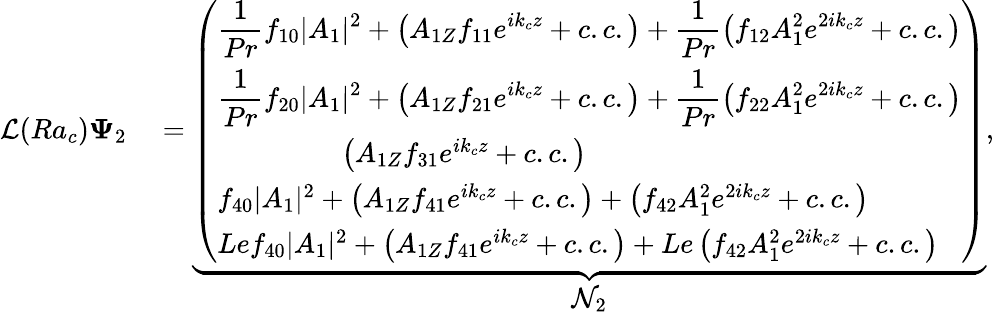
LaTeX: \begin{array}{rl}{\mathcal{L}(Ra_{c})\mathbf{\Psi}_{2}}&{{}=\underbrace{\left(\begin{array}{l}{\displaystyle\frac{1}{Pr}f_{10}|A_{1}|^{2}+\left(A_{1Z}f_{11}e^{ik_{c}z}+c.c.\right)+\displaystyle\frac{1}{Pr}\left(f_{12}A_{1}^{2}e^{2ik_{c}z}+c.c.\right)}\\ {\displaystyle\frac{1}{Pr}f_{20}|A_{1}|^{2}+\left(A_{1Z}f_{21}e^{ik_{c}z}+c.c.\right)+\displaystyle\frac{1}{Pr}\left(f_{22}A_{1}^{2}e^{2ik_{c}z}+c.c.\right)}\\ {\hphantom{f_{20}|A_{1}|^{2}+}\left(A_{1Z}f_{31}e^{ik_{c}z}+c.c.\right)\hphantom{+\left(f_{22}A_{1}^{2}e^{2ik_{c}z}+c.c.\right)}}\\ {f_{40}|A_{1}|^{2}+\left(A_{1Z}f_{41}e^{ik_{c}z}+c.c.\right)+\left(f_{42}A_{1}^{2}e^{2ik_{c}z}+c.c.\right)}\\ {Lef_{40}|A_{1}|^{2}+\left(A_{1Z}f_{41}e^{ik_{c}z}+c.c.\right)+Le\left(f_{42}A_{1}^{2}e^{2ik_{c}z}+c.c.\right)}\end{array}\right)}_{\displaystyle\mathcal{N}_{2}},}\end{array}